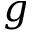
g